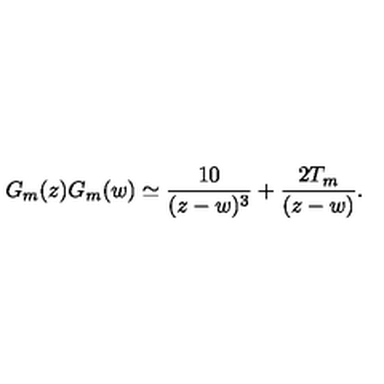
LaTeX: G _ { m } ( z ) G _ { m } ( w ) \simeq { \frac { 1 0 } { ( z - w ) ^ { 3 } } } + { \frac { 2 T _ { m } } { ( z - w ) } } .